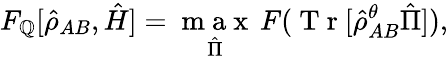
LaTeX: F_{\mathbb{Q}}[\hat{{\rho}}_{AB},\hat{{H}}]=\underset{\hat{{\Pi}}}{\mathrm{{~m~a~x~}}}\, F(\mathrm{{~T~r~}}[\hat{{\rho}}_{AB}^{\theta}\hat{{\Pi}}]),